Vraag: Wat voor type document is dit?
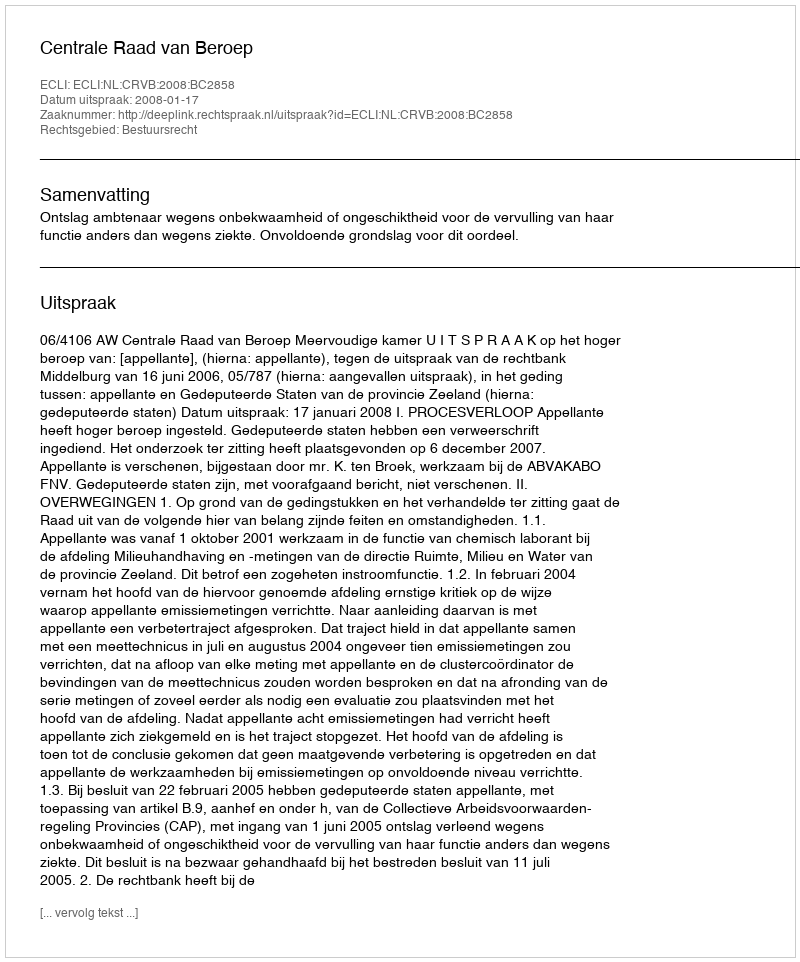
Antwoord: Uitspraak